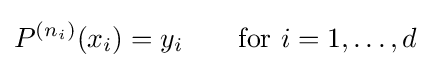
P^{(n_{i})}(x_{i})=y_{i}\qquad {\mbox{for }}i=1,\ldots ,d